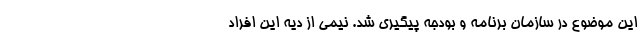
این موضوع در سازمان برنامه و بودجه پیگیری شد. نیمی از دیه این افراد